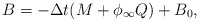
\begin{align*}B=-\Delta t(M+\phi _{\infty }Q)+B_{0}, \end{align*}